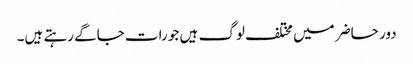
دور حاضر میں مختلف لوگ ہیں جو رات جاگے رہتے ہیں۔